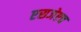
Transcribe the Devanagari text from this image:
एसजेएच